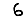
Digit: 6